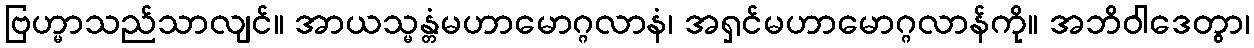
ဗြဟ္မာသည်သာလျင်။ အာယသ္မန္တံမဟာမောဂ္ဂလာနံ၊ အရှင်မဟာမောဂ္ဂလာန်ကို။ အဘိဝါဒေတွာ၊